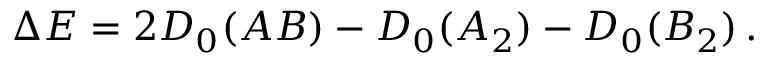
\Delta E = 2 D _ { 0 } ( A B ) - D _ { 0 } ( A _ { 2 } ) - D _ { 0 } ( B _ { 2 } ) \, .